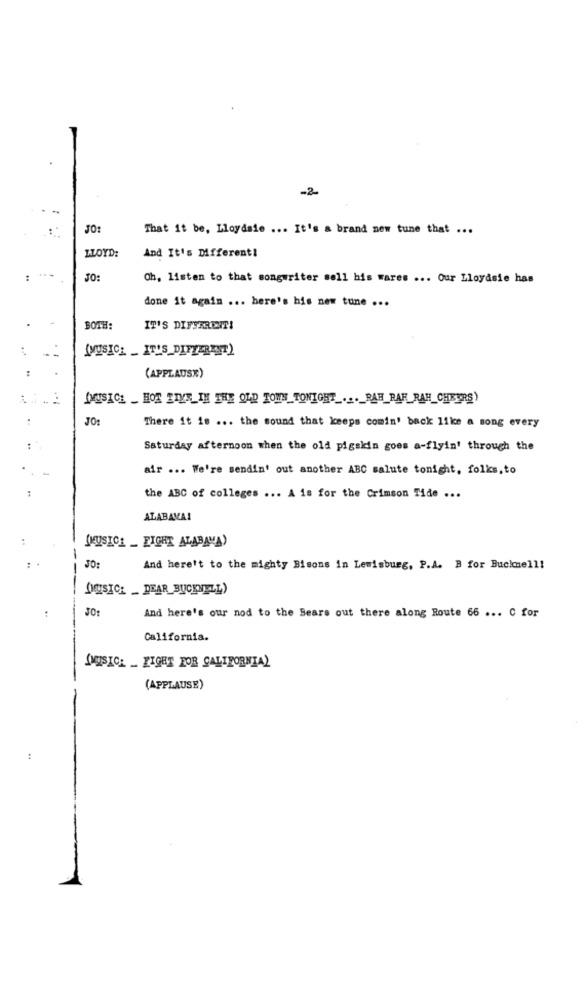
-2-
JO:
That it be, Lloydsie ... It's a brand new tune that ...
LLOYD:
And It's Different!
JO
Ch, listen to that songwriter soll his wares ... Our Lloydsie has
done it again ... here's his new tune ...
BOTH:
IT'S DIFFERENT!
(MUSIC" _ IT'S_DIFFERENT)
:
(APPLAUSE)
[MUSICE _ HOR ETYE TH THE OLD TOWNS TONIGHT ..._ RAH RAH RAH_CHEURS)
:
There it is ... the sound that keeps comin' back like a song every
:
Saturday afternoon when the old pigskin goes a-flyin' through the
.
air ... We're sendin' out another ABC salute tonight, folks,to
:
the ABC of colleges ... A is for the Crimson Tide ...
ALABAMA!
(MUSICE _ FIGHT ALABAMA)
And here't to the mighty Bisons in Lewisburg, P.A. B for Bucknell!
OUISICH _DEAR BUCKNELL)
And here's our nod to the Bears out there along Route 66 ... C for
California.
QMUSICL _ FIGHT FOR CALIFORNIA)
(APPLAUSE)
: